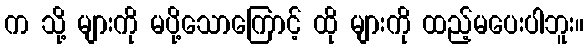
က သို့ များကို မပို့သောကြောင့် ထို များကို ထည့်မပေးပါဘူး။